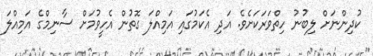
ކުދިންނަށް ލިބުނު ހިތްވަރަކަށެވެ. އަދި އެކަމުގައި އަމިއްލަ ގޮތުން އެހީވުމަށް ސާނިމްގެ އަމިއްލަ